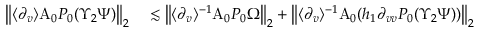
\begin{array} { r l } { \left\| \langle \partial _ { v } \rangle \mathrm { A } _ { 0 } P _ { 0 } ( \Upsilon _ { 2 } \Psi ) \right\| _ { 2 } } & { { } \lesssim \left\| \langle \partial _ { v } \rangle ^ { - 1 } \mathrm { A } _ { 0 } P _ { 0 } \Omega \right\| _ { 2 } + \left\| \langle \partial _ { v } \rangle ^ { - 1 } \mathrm { A } _ { 0 } ( h _ { 1 } \partial _ { v v } P _ { 0 } ( \Upsilon _ { 2 } \Psi ) ) \right\| _ { 2 } } \end{array}